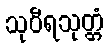
သုဝီရသုတ္တံ